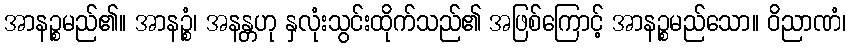
အာနဉ္စမည်၏။ အာနဉ္စံ၊ အနန္တဟု နှလုံးသွင်းထိုက်သည်၏ အဖြစ်ကြောင့် အာနဉ္စမည်သော။ ဝိညာဏံ၊